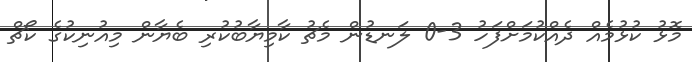
މޮޅު ކުޅުމެއް ދެއްކުމަށްފަހު 3-0 ލަނޑުން މެޗު ކާމިޔާބުކުރި ބެޔާން މިއުނިކުގެ ކޯޗް